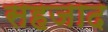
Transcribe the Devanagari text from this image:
सहजाद